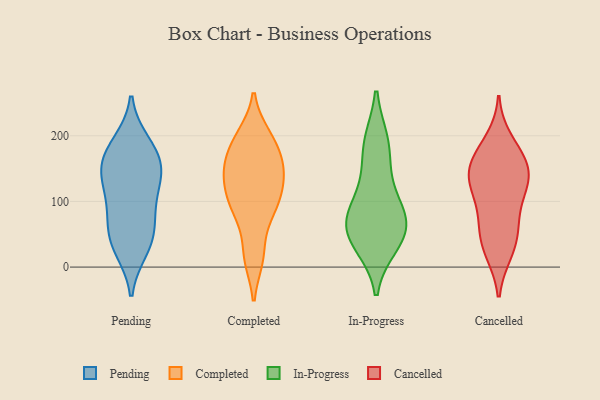
{"axis": {"x": "Net Income (USD K)", "y": "Value"}, "legend": ["Cancelled", "Completed", "In-Progress", "Pending"], "data": [{"x": "", "y": 186, "type": "Pending"}, {"x": "", "y": 156, "type": "Pending"}, {"x": "", "y": 118, "type": "Pending"}, {"x": "", "y": 189, "type": "Pending"}, {"x": "", "y": 30, "type": "Pending"}, {"x": "", "y": 27, "type": "Pending"}, {"x": "", "y": 140, "type": "Pending"}, {"x": "", "y": 74, "type": "Pending"}, {"x": "", "y": 60, "type": "Pending"}, {"x": "", "y": 127, "type": "Pending"}, {"x": "", "y": 95, "type": "Pending"}, {"x": "", "y": 161, "type": "Pending"}, {"x": "", "y": 47, "type": "Pending"}, {"x": "", "y": 160, "type": "Pending"}, {"x": "", "y": 18, "type": "Completed"}, {"x": "", "y": 127, "type": "Completed"}, {"x": "", "y": 192, "type": "Completed"}, {"x": "", "y": 87, "type": "Completed"}, {"x": "", "y": 150, "type": "Completed"}, {"x": "", "y": 82, "type": "Completed"}, {"x": "", "y": 145, "type": "Completed"}, {"x": "", "y": 103, "type": "Completed"}, {"x": "", "y": 15, "type": "Completed"}, {"x": "", "y": 191, "type": "Completed"}, {"x": "", "y": 147, "type": "Completed"}, {"x": "", "y": 101, "type": "Completed"}, {"x": "", "y": 158, "type": "Completed"}, {"x": "", "y": 199, "type": "Completed"}, {"x": "", "y": 73, "type": "In-Progress"}, {"x": "", "y": 190, "type": "In-Progress"}, {"x": "", "y": 141, "type": "In-Progress"}, {"x": "", "y": 189, "type": "In-Progress"}, {"x": "", "y": 72, "type": "In-Progress"}, {"x": "", "y": 74, "type": "In-Progress"}, {"x": "", "y": 47, "type": "In-Progress"}, {"x": "", "y": 42, "type": "In-Progress"}, {"x": "", "y": 100, "type": "In-Progress"}, {"x": "", "y": 35, "type": "In-Progress"}, {"x": "", "y": 193, "type": "Cancelled"}, {"x": "", "y": 135, "type": "Cancelled"}, {"x": "", "y": 117, "type": "Cancelled"}, {"x": "", "y": 24, "type": "Cancelled"}, {"x": "", "y": 163, "type": "Cancelled"}, {"x": "", "y": 94, "type": "Cancelled"}, {"x": "", "y": 161, "type": "Cancelled"}, {"x": "", "y": 51, "type": "Cancelled"}, {"x": "", "y": 53, "type": "Cancelled"}, {"x": "", "y": 23, "type": "Cancelled"}, {"x": "", "y": 75, "type": "Cancelled"}, {"x": "", "y": 175, "type": "Cancelled"}, {"x": "", "y": 133, "type": "Cancelled"}, {"x": "", "y": 138, "type": "Cancelled"}, {"x": "", "y": 136, "type": "Cancelled"}]}